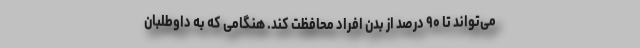
می‌تواند تا ۹۰ درصد از بدن افراد محافظت کند. هنگامی که به داوطلبان